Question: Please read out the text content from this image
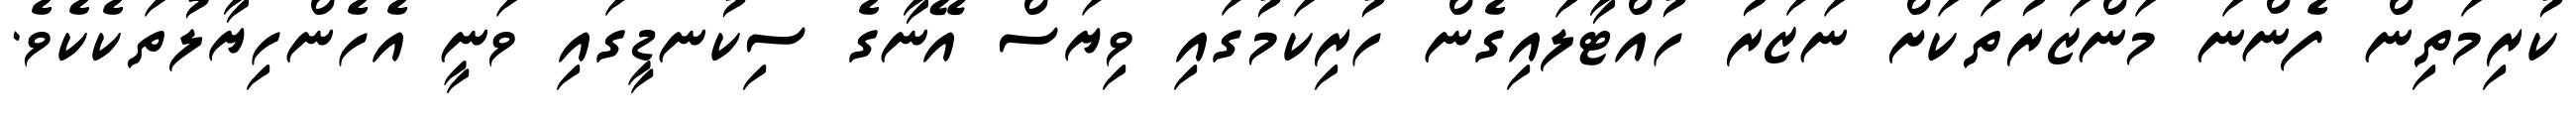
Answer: ކުރިމަތިން ފެންނަ މަންޒަރުތަކަށް ނަޒަރު ހުއްޓާލައިގެން ހުރިކަމުގައި ވިޔަސް އޭނާގެ ސިކުނޑީގައި ވަނީ އެހެންހިޔާލުތަކެކެވެ.